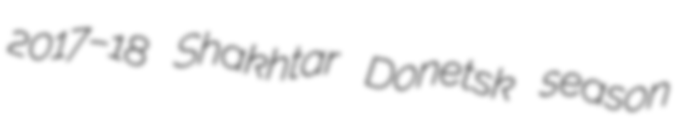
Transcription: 2017–18 Shakhtar Donetsk season